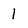
Character: 1